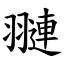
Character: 翴